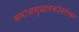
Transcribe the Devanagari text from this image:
समाजसुधारकांबरोबर